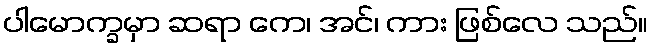
ပါမောက္ခမှာ ဆရာ ကေ၊ အင်၊ ကား ဖြစ်လေ သည်။